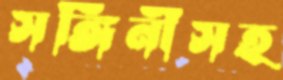
সঙ্গিনীসহ